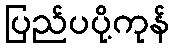
ပြည်ပပို့ကုန်